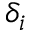
\delta _ { i }